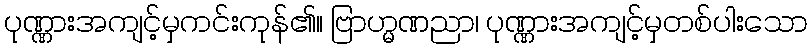
ပုဏ္ဏားအကျင့်မှကင်းကုန်၏။ ဗြာဟ္မဏညာ၊ ပုဏ္ဏားအကျင့်မှတစ်ပါးသော